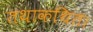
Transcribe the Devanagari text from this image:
तथाकथित।